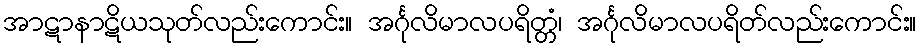
အာဋာနာဋိယသုတ်လည်းကောင်း။ အင်္ဂုလိမာလပရိတ္တံ၊ အင်္ဂုလိမာလပရိတ်လည်းကောင်း။